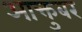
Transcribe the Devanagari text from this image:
आक्तुबर